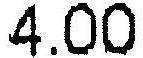
4.00